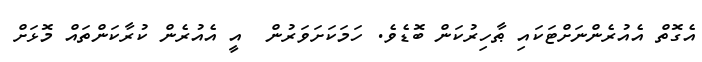
އެގޮތް އެއުރެންނަށްޓަކައި ޠާހިރުކަން ބޮޑެވެ. ހަމަކަށަވަރުން  އީ އެއުރެން ކުރާކަންތައް މޮޅަށް